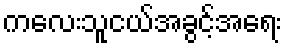
ကလေးသူငယ်အခွင့်အရေး